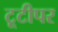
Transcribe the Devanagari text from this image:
टूटीपर